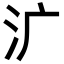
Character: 㲿